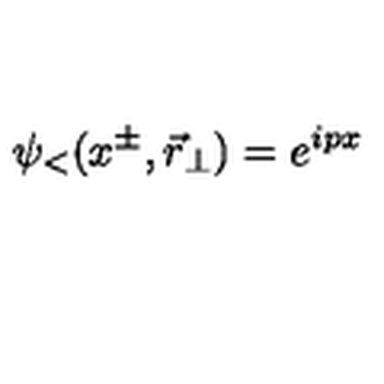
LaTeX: \psi _ { < } ( x ^ { \pm } , { \vec { r } } _ { \perp } ) = e ^ { i p x }